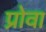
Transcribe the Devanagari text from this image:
प्रोवा